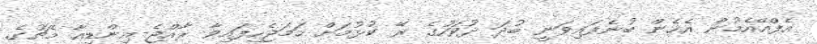
އެފްއޭއެމުން އެހެން ބުނެފައިވަނީ ބުދަ ދުވަހުގެ ރޭ ކުޅުމަށް ހަމަޖެހިފައިވާ ރާއްޖެ-އިންޑިއާ މެޗުގެ